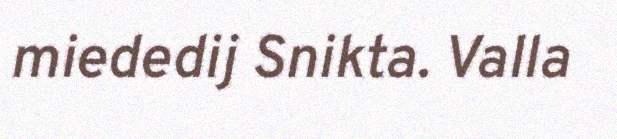
miededij Snikta. Valla